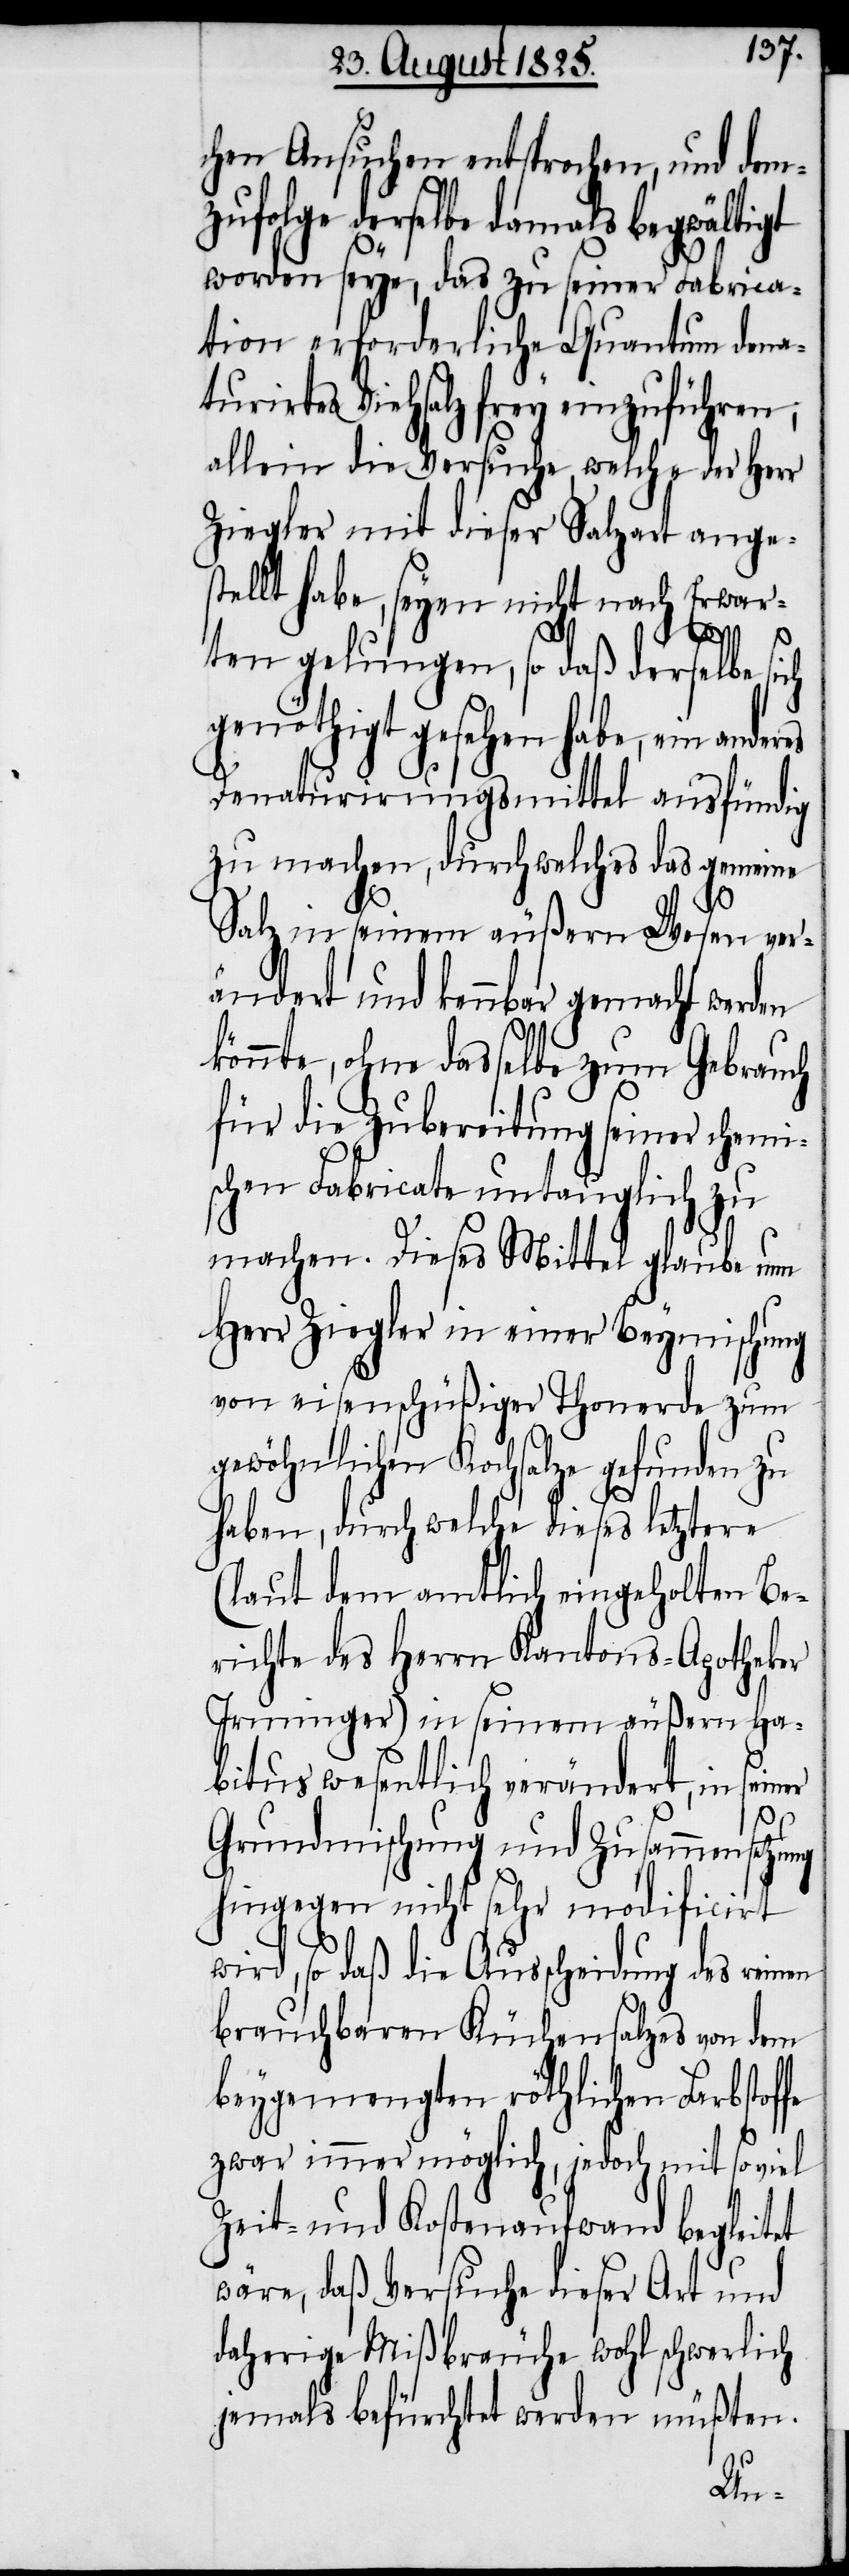
chem Ansuchen entsprochen, und dem¬
zufolge derselbe damals begwältigt
worden sey, das zu seiner Fabrica¬
tion erforderliche Quantum den¬
rirtes Viehsalz frey einzuführen;
allein die Versuche, welche
der Herr
Ziegler mit dieser Salzart ange¬
stellt habe, seyen nicht nach Erwar¬
potheker
ten gelungen, so daß derselbe sich
genöthigt gesehen habe, ein ander¬
Denaturirungsmittel ausfündig
zu machen, durch welches das gemeine
Salz in seinem äußern Wesen ver¬
ändert und kennbar gemacht werden
könnte, ohne dasselbe zum Gebrau¬
für die Zubereitung seiner chemi¬
schen Fabricate untaugliche zu
machen. Dieses Mittel glaube nun
Herr Ziegler in einer Beymischung
von eisenschüßiger Thone¬
und
gewöhnlichen Kochsalze gefunden
haben, durch welche dieses letz¬
fe
(laut dem amtlich eingeh¬
richte des Herrn Kantons-A¬
Irminger) in seinem äußern Ha¬
bitus wesentlich verändert, in se¬
Grundmischung und Zusammensetzung
hingegen nicht sehr modificirt
wird, so daß die Ausscheidung des reinen
brauchbaren Küchensalzes von dem
beygemengten röthlichen Farbstof¬
zwar immer möglich, jedoch mit so viel
Zeit- und Kostenaufwand begleitet
daherige Mißbräuche wohl schwerlich
jemals befürchtet werden müßten.
atu¬